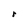
Character: r